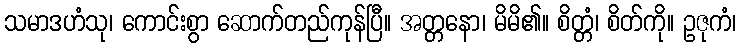
သမာဒဟံသု၊ ကောင်းစွာ ဆောက်တည်ကုန်ပြီ။ အတ္တနော၊ မိမိ၏။ စိတ္တံ၊ စိတ်ကို။ ဥဇုကံ၊